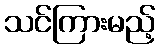
သင်ကြားမည့်